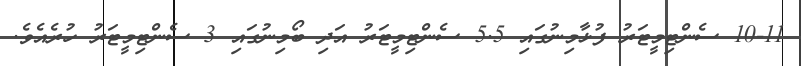
10-11 ސެންޓިމީޓަރު ފުޅާމިނުގައި 5.5 ސެންޓިމީޓަރު އަދި ބޯމިނުގައި 3 ސެންޓިމީޓަރު ހުރެއެވެ.